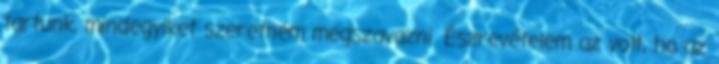
tartunk, mindegyiket szeretném megszavazni. Észrevételem az volt, ha az